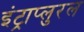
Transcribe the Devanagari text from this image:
इंट्राप्लुरल